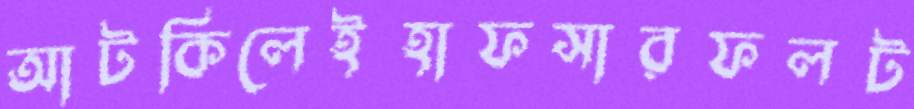
আটকিলেইহাফসারফলট